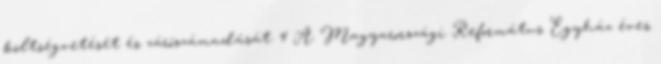
költségvetését és zárószámadását. 4 A Magyarországi Református Egyház éves